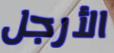
الأرجل